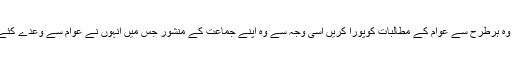
وزیراعظم عمران خان کی خواہش ہے کہ وہ ہرطرح سے عوام کے مطالبات کوپورا کریں اسی وجہ سے وہ اپنے جماعت کے منشور جس میں انہوں نے عوام سے وعدے کئے تھے مکمل کرنے کے لئے گامزن ہیں ۔